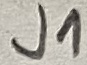
Text: J1